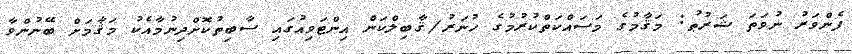
ފެންވަރު ނުވަތަ ޝަރުޠު: މަޤާމުގެ މަސައްކަތްކުރުމުގެ ހުނަރު/ޤާބިލްކަން އިންޓަވިއުގައި ސާބިތުކޮށްދިނުމާއެކު މަޤާމަށް ބޭނުންވާ